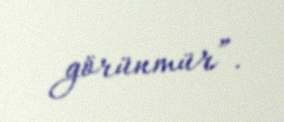
görünmür”.